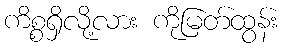
ကိစ္စရှိလို့လား ကိုမြတ်ထွန်း